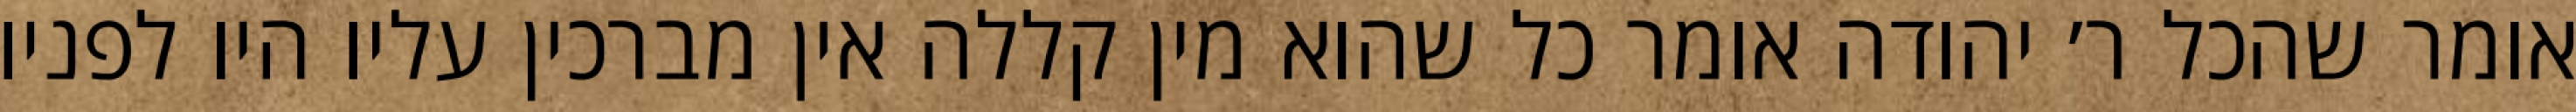
אומר שהכל ר׳ יהודה אומר כל שהוא מין קללה אין מברכין עליו היו לפניו